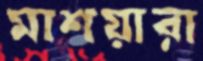
মাশয়ারা